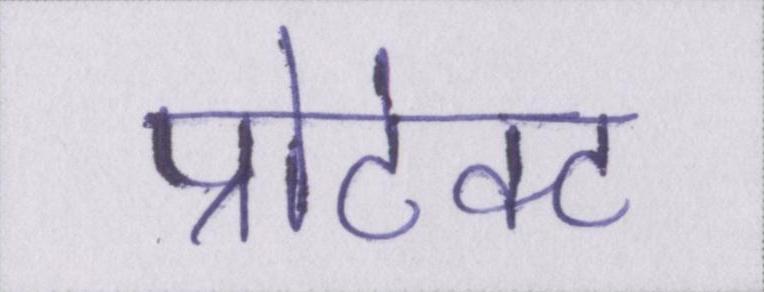
प्रोटेक्ट